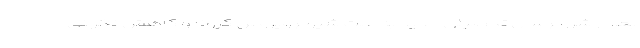
بعد از شروع سال تحصیلی جدید به علت شیوع ویروس کرونا و کاهش نگرانی